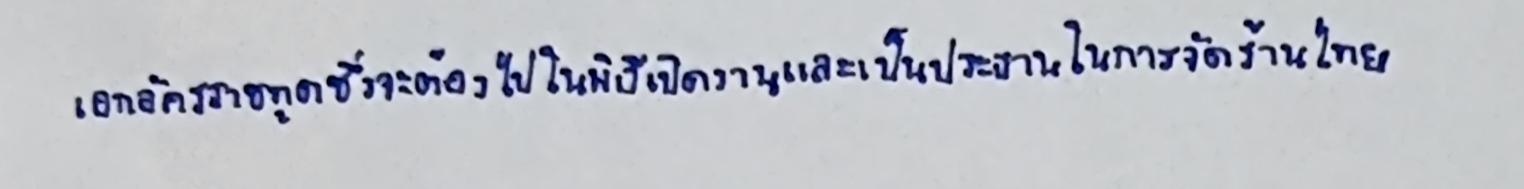
เอกอัครราชทูตซึ่งจะต้องไปในพิธีเปิดงานและเป็นประธานในการจัดร้านไทย